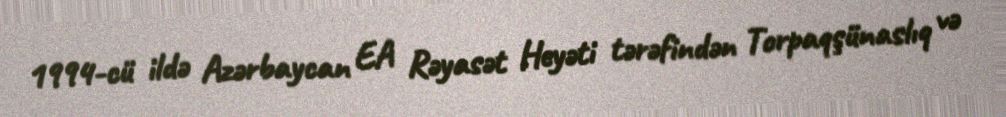
1994-cü ildə Azərbaycan EA Rəyasət Heyəti tərəfindən Torpaqşünaslıq və